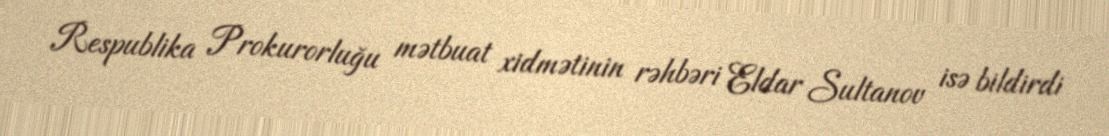
Respublika Prokurorluğu mətbuat xidmətinin rəhbəri Eldar Sultanov isə bildirdi